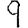
Digit: 9